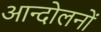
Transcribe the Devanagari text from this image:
आन्‍दोलनों